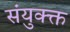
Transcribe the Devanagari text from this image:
संयुक्क्त